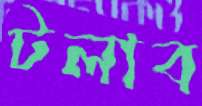
টলাব